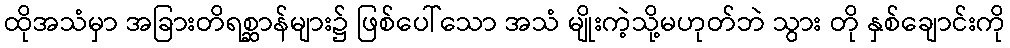
ထိုအသံမှာ အခြားတိရစ္ဆာန်များ၌ ဖြစ်ပေါ်သော အသံ မျိုးကဲ့သို့မဟုတ်ဘဲ သွား တို နှစ်ချောင်းကို